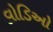
વોડિઓ